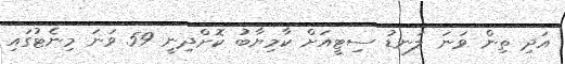
އަދި ތިން ވަނަ ލަނޑު ސިޓީއަށް ކާމިޔާބު ކޮށްދިނީ 59 ވަނަ މިނެޓުގައި